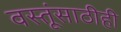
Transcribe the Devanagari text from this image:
वस्तूंसाठीही